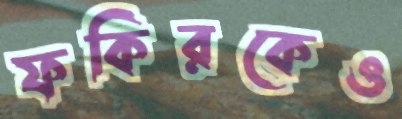
ফকিরকেও